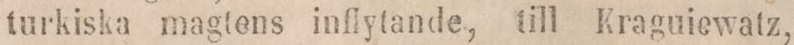
turkiska magtens inflytande, till Kraguiewatz,